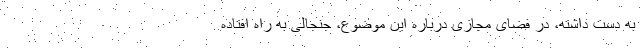
به دست داشته، در فضای مجازی درباره این موضوع، جنجالی به راه افتاده